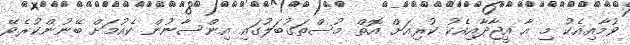
ވުމާއިއެކު މި އާ އީޖާދާއިއެކު ކުރިއަށް އޮތް މުސްތަގުބަލުގައި އިންސާނުން ކެއުމަށް ބޭނުންކުރެވޭ